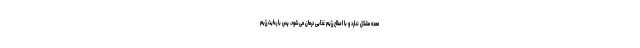
معده مشکل ندارد و با اصلاح رژیم غذایی درمان می‌شود، پس با رعایت رژیم